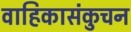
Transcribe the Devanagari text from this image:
वाहिकासंकुचन